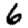
Digit: 6